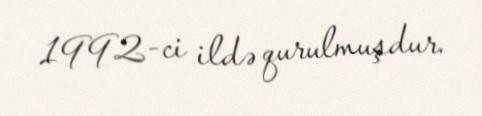
1992-ci ildə qurulmuşdur.